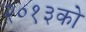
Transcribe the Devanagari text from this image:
२०१३को